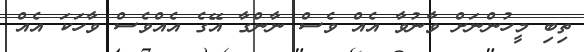
ތިބި މީހުންނަށް ވާނުވާ އެއް ވެސް ނާންގާ އޭގެ އެއްވެސް ވާހަކަ އެއް